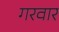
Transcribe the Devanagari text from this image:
गरवार